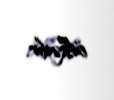
ölkədir.